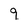
Character: 9